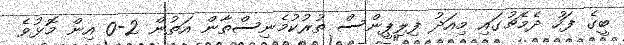
ބީގެ ފަހު ދެމެޗުގައި މިއަދު ފިލިޕީންސް ތުރުކުމެނިސްތާން އަތުން 2-0 އިން މޮޅުވެ